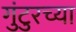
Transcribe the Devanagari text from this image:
गुंटुरच्या